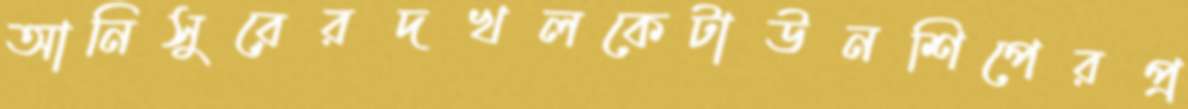
আনিসুরেরদখলকেটাউনশিপেরপ্র